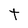
Character: t